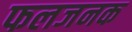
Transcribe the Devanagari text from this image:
फलजनक